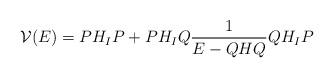
LaTeX: \begin{align*}{\cal V}(E) = PH_IP + PH_IQ\frac{1}{E-QHQ}QH_IP \end{align*}